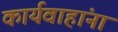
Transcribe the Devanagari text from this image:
कार्यवाहांना